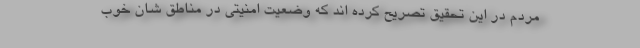
مردم در این تحقیق تصریح کرده اند که وضعیت امنیتی در مناطق شان خوب